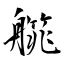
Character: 艞